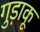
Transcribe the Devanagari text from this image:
गुड़ाकू